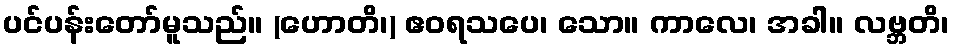
ပင်ပန်းတော်မူသည်။ (ဟောတိ၊) ဧဝရသပေ၊ သော။ ကာလေ၊ အခါ။ လဗ္ဘတိ၊